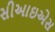
સીઆઇએસ